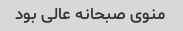
منوی صبحانه عالی بود